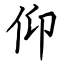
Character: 仰